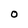
Character: O